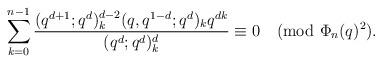
LaTeX: \begin{align*}\sum_{k=0}^{n-1}\frac{(q^{d+1};q^d)_k^{d-2}(q,q^{1-d};q^d)_kq^{dk}}{(q^d;q^d)_k^d}\equiv 0\pmod{\Phi_n(q)^2}.\end{align*}